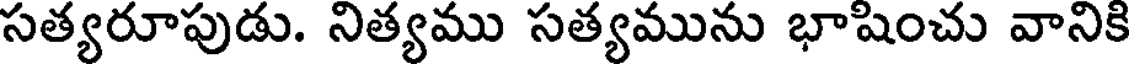
సత్యరూపుడు. నిత్యము సత్యమును భాషించు వానికి